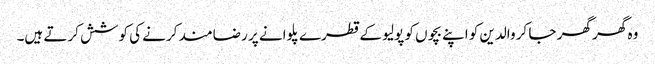
وہ گھر گھر جا کر والدین کو اپنے بچوں کو پولیو کے قطرے پلوانے پر رضامند کرنے کی کوشش کرتے ہیں۔